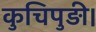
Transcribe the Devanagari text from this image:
कुचिपुड़ी।